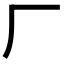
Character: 厂